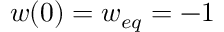
w ( 0 ) = w _ { e q } = - 1